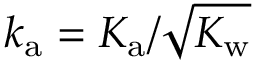
{ k _ { \mathrm { a } } = K _ { \mathrm { a } } / \sqrt { K _ { \mathrm { w } } } }